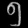
Digit: ၅